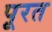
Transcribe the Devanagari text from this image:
पूरत